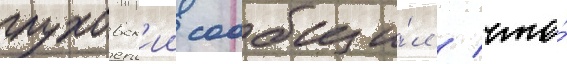
глуховск'ии сообщи́л / что́